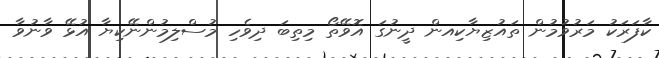
ކާފަރަކު މަރުވުމުން ތައުޒިޔާކިއން ދީނުގަ އޮވޭތޯ މިތިބަ ދިވެހި މުސްލިމުންނޭކިޔާ އުޅޭ ވާނުވާ